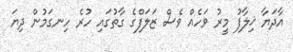
އާދަޔާ ޚިލާފު މީރު ވަހެއް ވެސް ޒަލަފްގެ ގާތުގައި ހުރެ ހިނގަމުން ދިޔަ